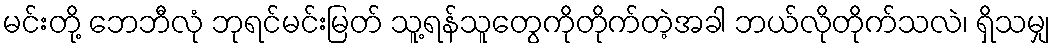
မင်းတို့ ဘေဘီလုံ ဘုရင်မင်းမြတ် သူ့ရန်သူတွေကိုတိုက်တဲ့အခါ ဘယ်လိုတိုက်သလဲ၊ ရှိသမျှ